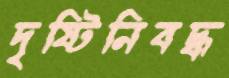
দৃষ্টিনিবদ্ধ